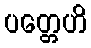
ပတ္တေဟိ